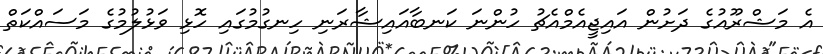
އެ މަޝްރޫއުގެ ދަށުން އައިޖީއެމްއެޗު ހުންނަ ކަނބާއައިޝާރަނި ހިނގުމުގައި ހޮޅި ވަޅުލުމުގެ މަސައްކަތް